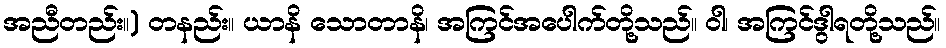
အညီတည်း။) တနည်း။ ယာနိ သောတာနိ၊ အကြင်အပေါက်တို့သည်။ ဝါ၊ အကြင်ဒွါရတို့သည်။